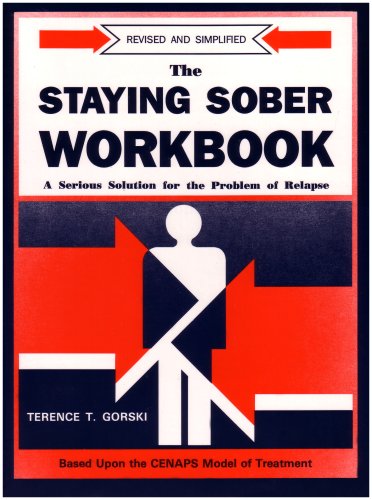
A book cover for The Staying Sober Workbook: A Serious Solution for the Problem of Relapse; Terence T. Gorski; Health, Fitness & Dieting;